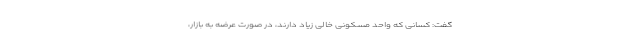
گفت: کسانی که واحد مسکونی خالی زیاد دارند، در صورت عرضه به بازار،